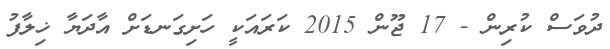
ދުވަސް ކުރިން - 17 ޖޫން 2015 ކަރައަކީ ހަށިގަނޑަށް އާދަޔާ ޚިލާފު